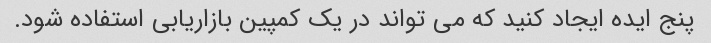
پنج ایده ایجاد کنید که می تواند در یک کمپین بازاریابی استفاده شود.